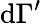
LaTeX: \mathrm{d}\Gamma^{\prime}